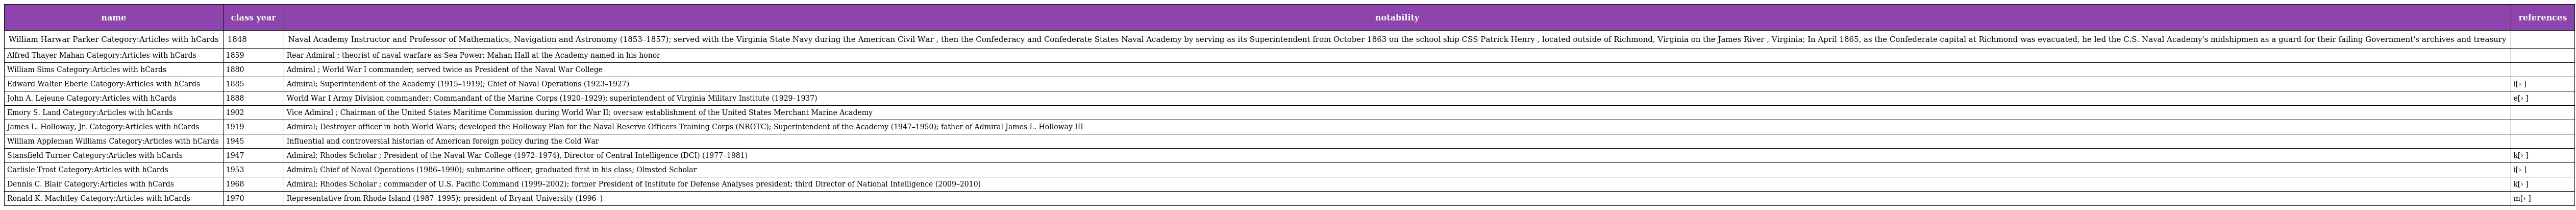
| name | class year | notability | references |
 | --- | --- | --- | --- |
 | William Harwar Parker Category:Articles with hCards | 1848 | Naval Academy Instructor and Professor of Mathematics, Navigation and Astronomy (1853–1857); served with the Virginia State Navy during the American Civil War , then the Confederacy and Confederate States Naval Academy by serving as its Superintendent from October 1863 on the school ship CSS Patrick Henry , located outside of Richmond, Virginia on the James River , Virginia; In April 1865, as the Confederate capital at Richmond was evacuated, he led the C.S. Naval Academy's midshipmen as a guard for their failing Government's archives and treasury |  |
 | Alfred Thayer Mahan Category:Articles with hCards | 1859 | Rear Admiral ; theorist of naval warfare as Sea Power; Mahan Hall at the Academy named in his honor |  |
 | William Sims Category:Articles with hCards | 1880 | Admiral ; World War I commander; served twice as President of the Naval War College |  |
 | Edward Walter Eberle Category:Articles with hCards | 1885 | Admiral; Superintendent of the Academy (1915–1919); Chief of Naval Operations (1923–1927) | i[› ] |
 | John A. Lejeune Category:Articles with hCards | 1888 | World War I Army Division commander; Commandant of the Marine Corps (1920–1929); superintendent of Virginia Military Institute (1929–1937) | e[› ] |
 | Emory S. Land Category:Articles with hCards | 1902 | Vice Admiral ; Chairman of the United States Maritime Commission during World War II; oversaw establishment of the United States Merchant Marine Academy |  |
 | James L. Holloway, Jr. Category:Articles with hCards | 1919 | Admiral; Destroyer officer in both World Wars; developed the Holloway Plan for the Naval Reserve Officers Training Corps (NROTC); Superintendent of the Academy (1947–1950); father of Admiral James L. Holloway III |  |
 | William Appleman Williams Category:Articles with hCards | 1945 | Influential and controversial historian of American foreign policy during the Cold War |  |
 | Stansfield Turner Category:Articles with hCards | 1947 | Admiral; Rhodes Scholar ; President of the Naval War College (1972–1974), Director of Central Intelligence (DCI) (1977–1981) | k[› ] |
 | Carlisle Trost Category:Articles with hCards | 1953 | Admiral; Chief of Naval Operations (1986–1990); submarine officer; graduated first in his class; Olmsted Scholar | i[› ] |
 | Dennis C. Blair Category:Articles with hCards | 1968 | Admiral; Rhodes Scholar ; commander of U.S. Pacific Command (1999–2002); former President of Institute for Defense Analyses president; third Director of National Intelligence (2009–2010) | k[› ] |
 | Ronald K. Machtley Category:Articles with hCards | 1970 | Representative from Rhode Island (1987–1995); president of Bryant University (1996–) | m[› ] |